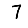
Digit: 7